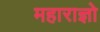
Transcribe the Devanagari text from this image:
महाराज्ञो